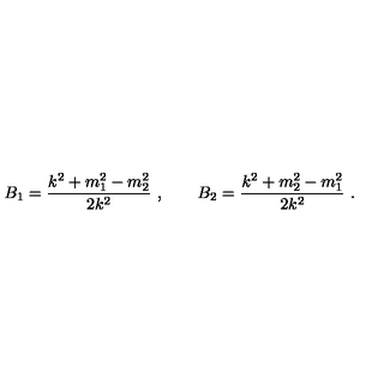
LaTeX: B _ { 1 } = { \frac { k ^ { 2 } + m _ { 1 } ^ { 2 } - m _ { 2 } ^ { 2 } } { 2 k ^ { 2 } } } \ , \qquad B _ { 2 } = { \frac { k ^ { 2 } + m _ { 2 } ^ { 2 } - m _ { 1 } ^ { 2 } } { 2 k ^ { 2 } } } \ .